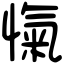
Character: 愾